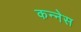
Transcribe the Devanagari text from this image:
कन्नेस